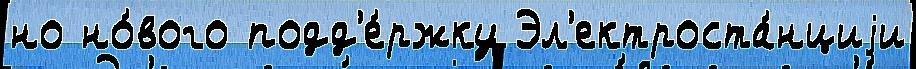
но но́вого подд'е́ржку Эл'ектроста́нциjи